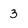
Character: 3